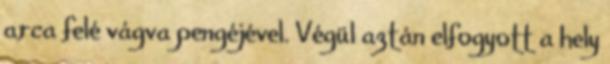
arca felé vágva pengéjével. Végül aztán elfogyott a hely